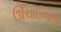
ઊઁચાઈવાળી